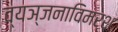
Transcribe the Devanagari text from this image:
व्यञ्जनाविमर्श